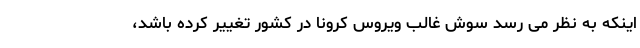
اینکه به نظر می رسد سوش غالب ویروس کرونا در کشور تغییر کرده باشد،